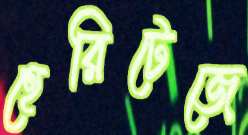
হেরিটেজে